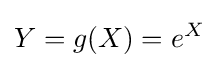
Y=g(X)=e^{X}